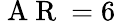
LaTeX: \mathrm{~A~R~}=6